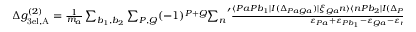
\begin{array} { r } { \Delta g _ { \mathrm { 3 e l , A } } ^ { ( 2 ) } = \frac { 1 } { m _ { a } } \sum _ { b _ { 1 } , b _ { 2 } } \sum _ { P , Q } ( - 1 ) ^ { P + Q } { \sum _ { n } } ^ { \prime } \frac { \langle P a P b _ { 1 } | I ( \Delta _ { P a Q a } ) | \xi _ { Q a } n \rangle \langle n P b _ { 2 } | I ( \Delta _ { P b _ { 2 } Q b _ { 2 } } ) | Q b _ { 1 } Q b _ { 2 } \rangle } { \varepsilon _ { P a } + \varepsilon _ { P b _ { 1 } } - \varepsilon _ { Q a } - \varepsilon _ { n } } \, , } \end{array}